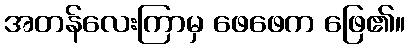
အတန်လေးကြာမှ ဖေဖေက ဖြေ၏။